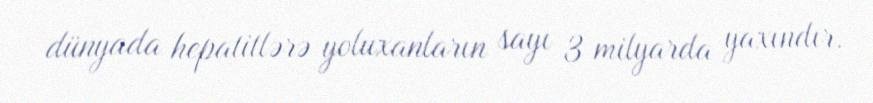
dünyada hepatitlərə yoluxanların sayı 3 milyarda yaxındır.